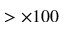
> \times 1 0 0